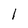
Character: I